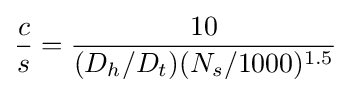
{\frac {c}{s}}={\frac {10}{(D_{h}/D_{t})(N_{s}/1000)^{1.5}}}